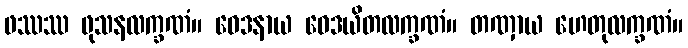
ဖဿဿ ဖုသနလက္ခဏံ။ ဝေဒနာယ ဝေဒယိတလက္ခဏံ။ တဏှာယ ဟေတုလက္ခဏံ။